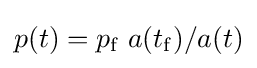
p(t)=p_{\rm {f}}\;a(t_{\rm {f}})/a(t)